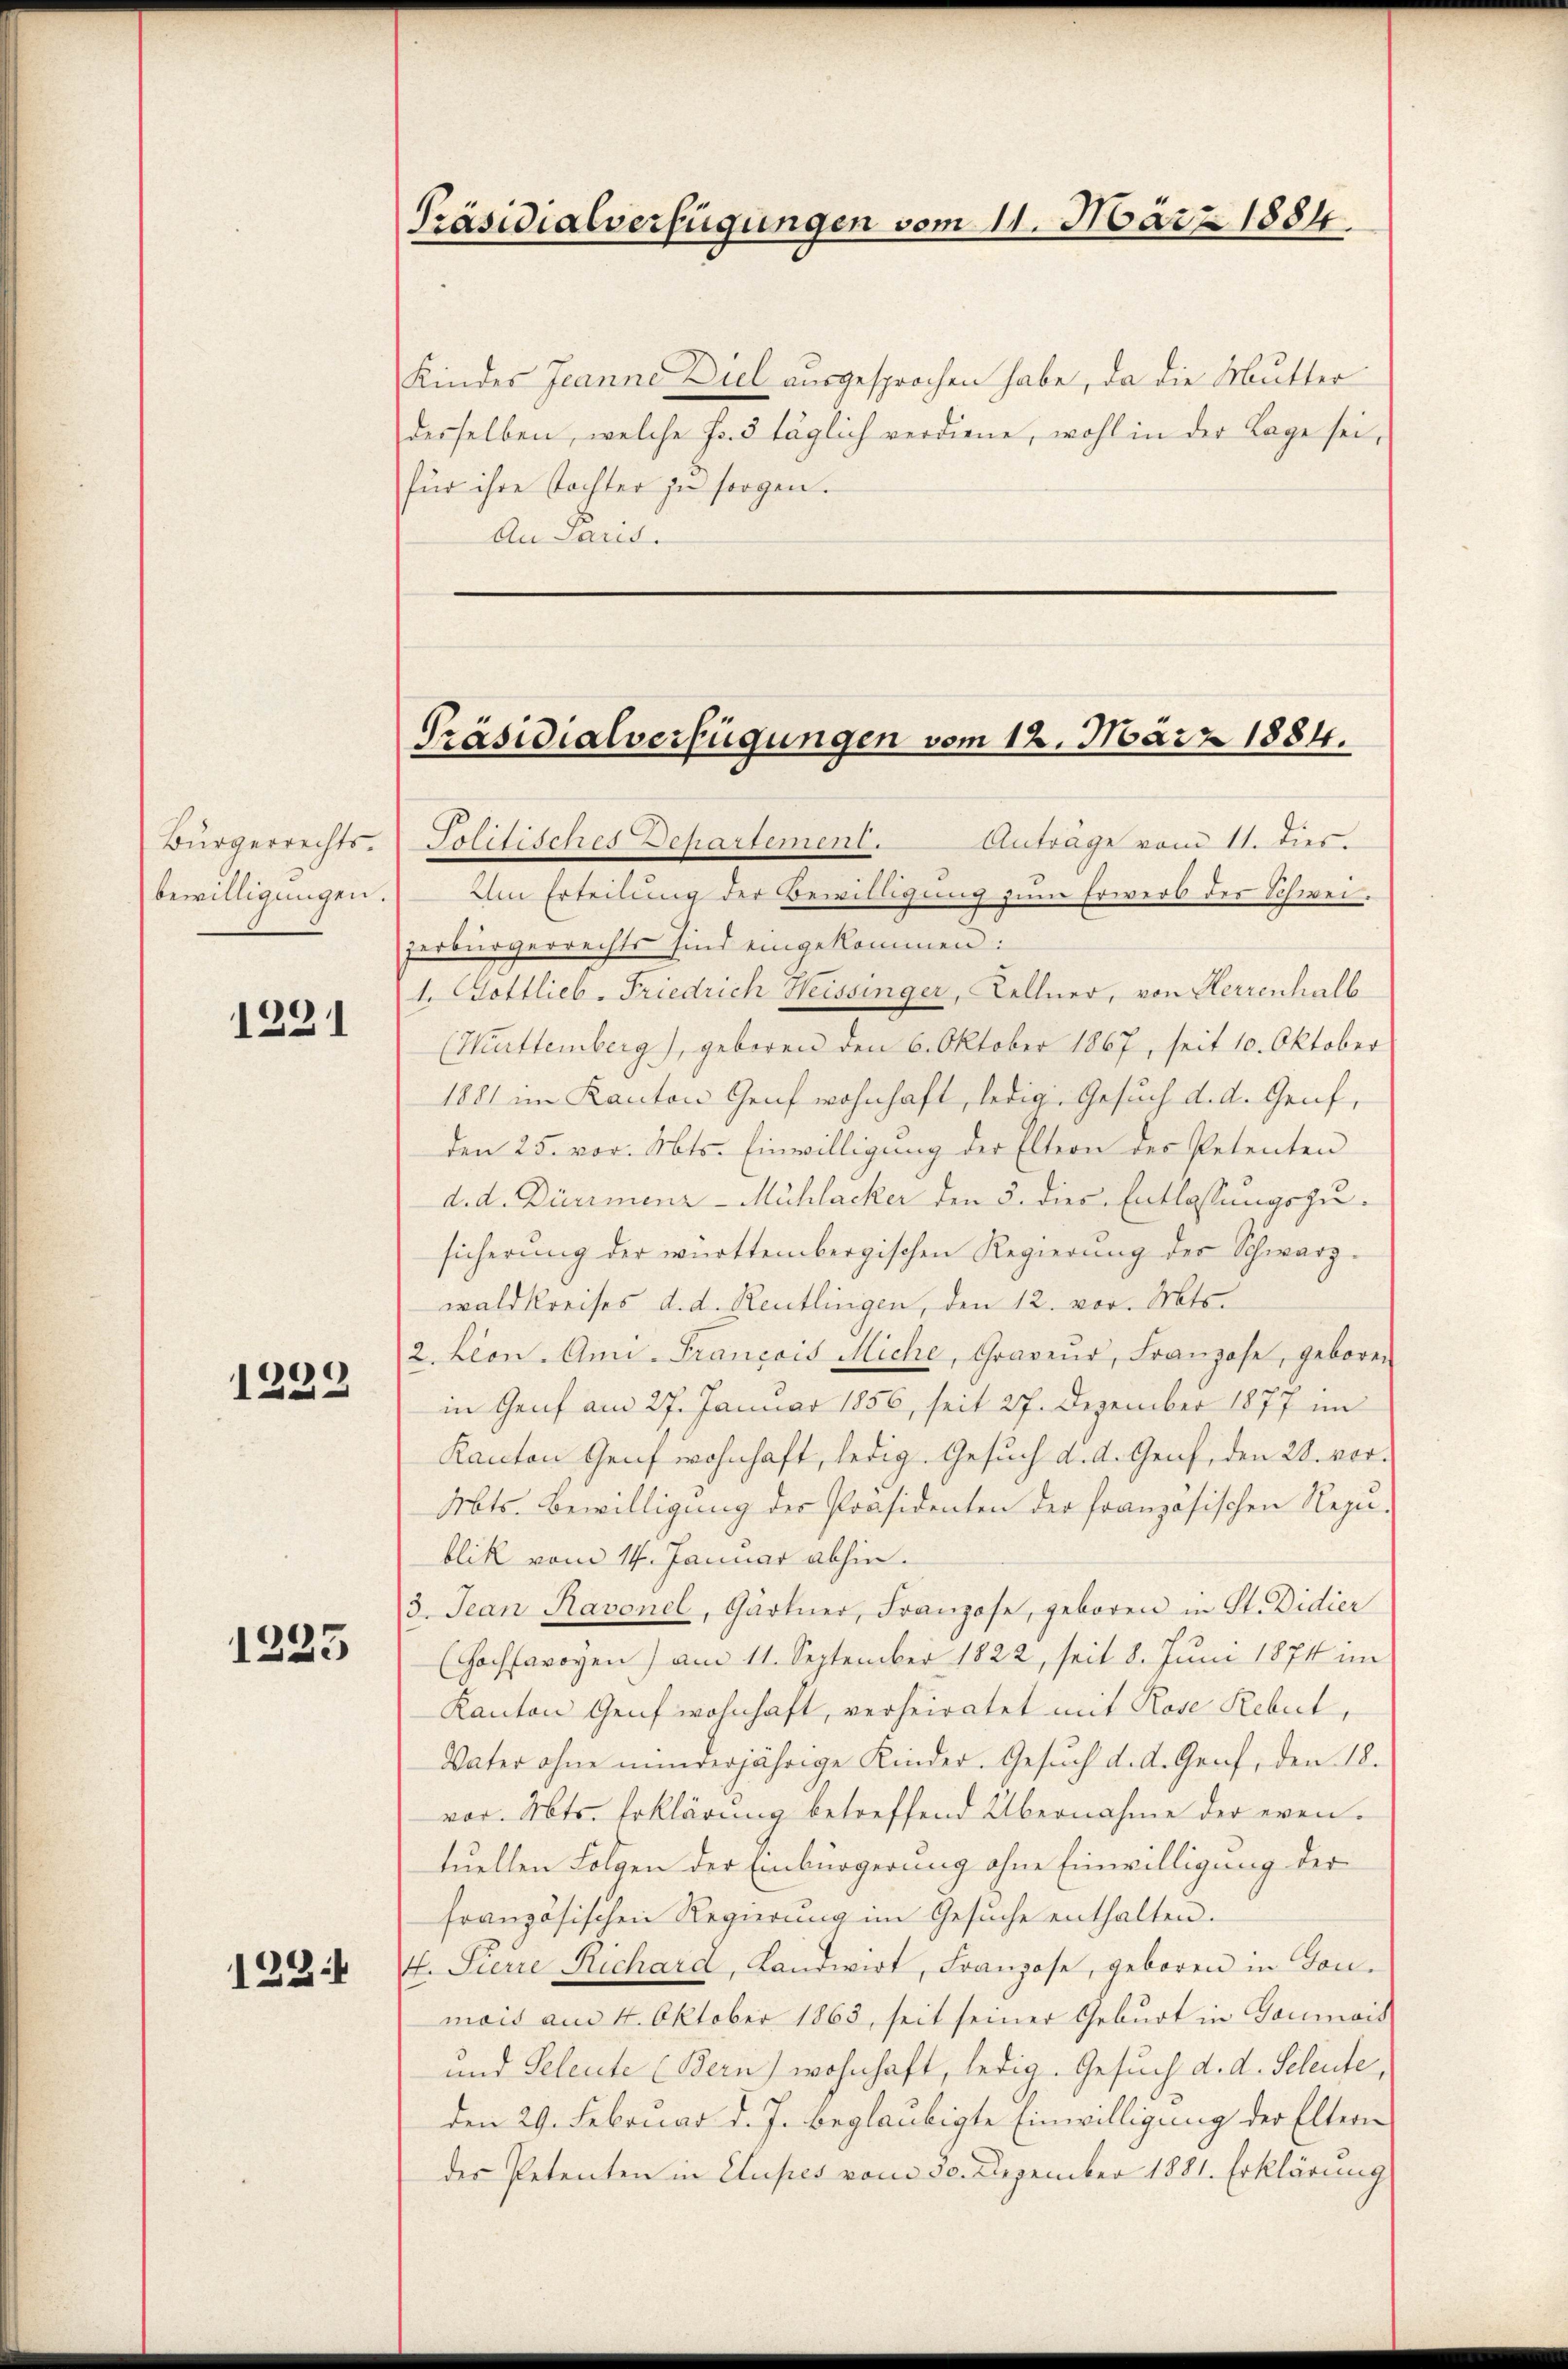
Bürgerrechts.
bewilligungen.

1291

1239

1223

122.

Präsidialverfügungen vom 11. März 1884.

Kindes Jeanne Diel ausgesprochen habe, da die Mutter
desselben, welche Fr. 5 täglich verdiene, wohl in der Lage sei,
für ihre Tochter zu sorgen.
An Paris.

Präsidialverfügungen vom 12. März 1884.

Solitisches Departement. Antrage vom 11. dies.
Um Erteilung der Bewilligung zum Erwerb des Schweizerbürgerrechts sind eingekommen:
1. Gottlieb. Friedrich Heissinger, Kellner, von Herrenhalb
(Kattemberg), geboren den 6. Oktober 1867, seit 10. Oktober
1881 im Kanton Genf wohnhaft, ledige Gesuch d. d. Genf,
den 25. vor. Mts. Einwilligung der Eltern des Petenten
d. d. Diermenr-Mühlacker den 5. dies Entlassungszusicherung der württembergischen Regierung der Schwarzwaldkreises d. d. Reutlingen, den 12. vor. Mts.
2. Leon. An Francois Miche, Graveŭr, Franzose, geboren
in Genf am 27. Januar 1856, seit 27. Dezember 1877 im
Kanton Genf wohnhaft, ledig. Gesuch d. d. Genf, den 28. vor¬
Mts. Bewilligung der Präsidenten der französischen Rezu-
blik vom 14. Januar abhin.
3. Jean Ravonel, Gärtner, Franzose, geboren in St. Didier
(Hochsavoyen) am 11. September 1822, seit 8. Juni 1874 im
Kanton Genf wohnhaft, verheiratet mit Rose Rebut,
Vater ohne einverjährige Kinder. Gesuch d. d. Graf, den 18.
vor. Mts. Erklärung betreffend Übernahme der even.
tuellen Folgen der Einbürgerung ohne Einwilligung der
französischen Regierung im Gesuche enthalten.
t. Sierre Richard, Landwirt, Franzose, geboren in Goumont am 4. Oktober 1863, seit seiner Geburt in Garmais
und Teleute (Bern) wohnhaft, ledig. Gesuch d. d. Seleute,
den 29. Februar d. J. beglaubigte Einwilligung der Eltern
des Petenten in Cluses vom 30. Dezember 1881. Erklärung